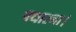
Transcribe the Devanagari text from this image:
पधारना।